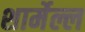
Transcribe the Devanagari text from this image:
शार्मेल्ल